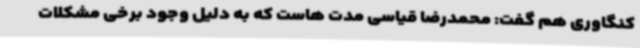
کنگاوری هم گفت: محمدرضا قیاسی مدت هاست که به دلیل وجود برخی مشکلات